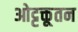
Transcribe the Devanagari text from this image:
ओट्टक्तूतन